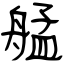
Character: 艋